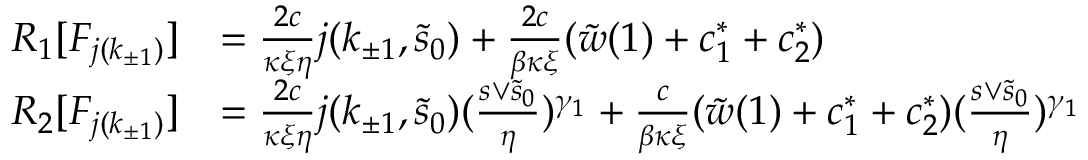
\begin{array} { r l } { R _ { 1 } [ F _ { j ( k _ { \pm 1 } ) } ] } & { = \frac { 2 c } { \kappa \xi \eta } j ( k _ { \pm 1 } , \tilde { s } _ { 0 } ) + \frac { 2 c } { \beta \kappa \xi } ( \tilde { w } ( 1 ) + c _ { 1 } ^ { \ast } + c _ { 2 } ^ { \ast } ) } \\ { R _ { 2 } [ F _ { j ( k _ { \pm 1 } ) } ] } & { = \frac { 2 c } { \kappa \xi \eta } j ( k _ { \pm 1 } , \tilde { s } _ { 0 } ) ( \frac { s \vee \tilde { s } _ { 0 } } \eta ) ^ { \gamma _ { 1 } } + \frac c { \beta \kappa \xi } ( \tilde { w } ( 1 ) + c _ { 1 } ^ { \ast } + c _ { 2 } ^ { \ast } ) ( \frac { s \vee \tilde { s } _ { 0 } } \eta ) ^ { \gamma _ { 1 } } } \end{array}